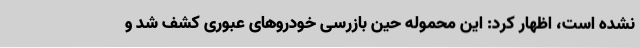
نشده است، اظهار کرد: این محموله حین بازرسی خودروهای عبوری کشف شد و